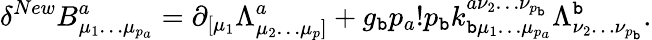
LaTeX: \delta^{New}B_{\mu_{1}\ldots\mu_{p_{a}}}^{a}=\partial_{[\mu_{1}}\Lambda_{\mu_{2}\ldots\mu_{p}]}^{a}+g_{\mathtt{b}}p_{a}!p_{\mathtt{b}}k_{\mathtt{b}\mu_{1}\ldots\mu_{p_{a}}}^{a\nu_{2}\ldots\nu_{p_{\mathtt{b}}}}\Lambda_{\nu_{2}\ldots\nu_{p_{\mathtt{b}}}}^{\mathtt{b}}.